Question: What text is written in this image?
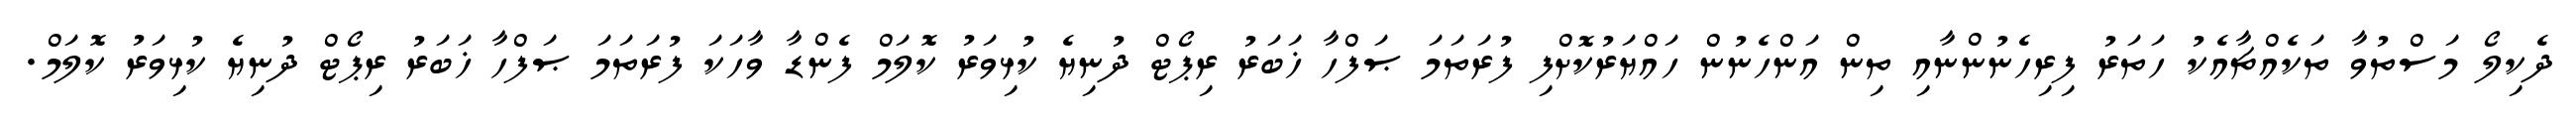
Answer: ދެކިލޯ މަސްތުވާ ތަކެއްޗާއެކު ހަތަރު ފިރިހެނުންނާއި ތިން އަންހެނުން ހައްޔަރުކޮށްފި ފުރަތަމަ ޞަފްހާ ޚަބަރު ރިޕޯޓް ދުނިޔެ ކުޅިވަރު ކޮލަމް ފެންޑާ ވާހަކަ ފުރަތަމަ ޞަފްހާ ޚަބަރު ރިޕޯޓް ދުނިޔެ ކުޅިވަރު ކޮލަމް.